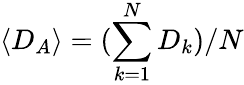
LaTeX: \langle D_{A}\rangle=(\sum_{k=1}^{N}D_{k})/N